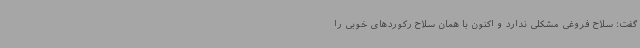
گفت: سلاح فروغی مشکلی ندارد و اکنون با همان سلاح رکوردهای خوبی را